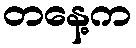
တနေ့က